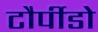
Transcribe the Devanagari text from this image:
टौर्पीडो